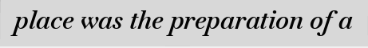
place was the preparation of a